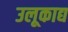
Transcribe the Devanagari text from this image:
उलूकाद्य